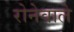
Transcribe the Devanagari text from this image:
रोनेवाले